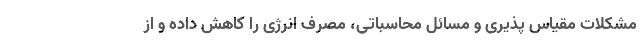
مشکلات مقیاس پذیری و مسائل محاسباتی، مصرف انرژی را کاهش داده و از